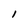
Character: l